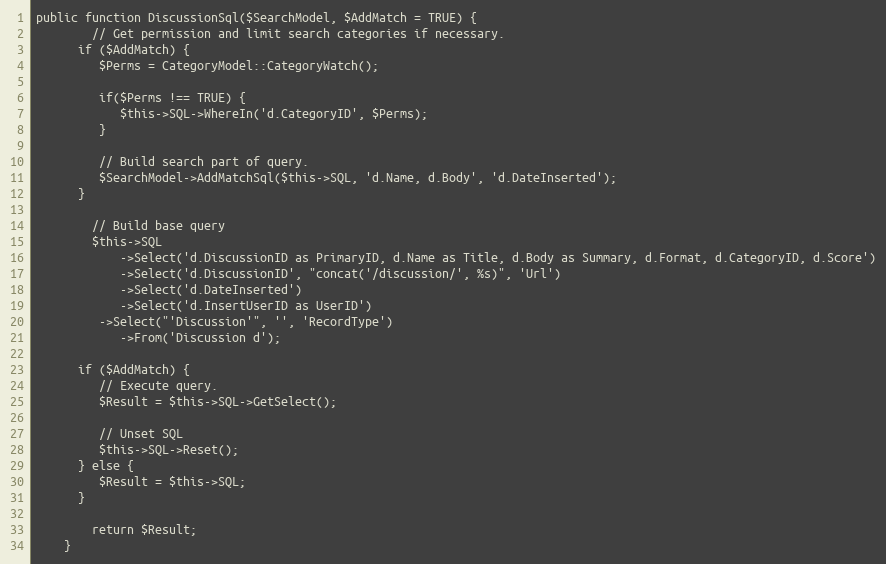
Language: PHP
public function DiscussionSql($SearchModel, $AddMatch = TRUE) {
		// Get permission and limit search categories if necessary.
      if ($AddMatch) {
         $Perms = CategoryModel::CategoryWatch();

         if($Perms !== TRUE) {
            $this->SQL->WhereIn('d.CategoryID', $Perms);
         }

         // Build search part of query.
         $SearchModel->AddMatchSql($this->SQL, 'd.Name, d.Body', 'd.DateInserted');
      }

		// Build base query
		$this->SQL
			->Select('d.DiscussionID as PrimaryID, d.Name as Title, d.Body as Summary, d.Format, d.CategoryID, d.Score')
			->Select('d.DiscussionID', "concat('/discussion/', %s)", 'Url')
			->Select('d.DateInserted')
			->Select('d.InsertUserID as UserID')
         ->Select("'Discussion'", '', 'RecordType')
			->From('Discussion d');

      if ($AddMatch) {
         // Execute query.
         $Result = $this->SQL->GetSelect();

         // Unset SQL
         $this->SQL->Reset();
      } else {
         $Result = $this->SQL;
      }

		return $Result;
	}